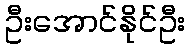
ဦးအောင်နိုင်ဦး